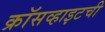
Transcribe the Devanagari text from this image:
क्रॉसव्हाइटची